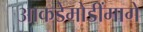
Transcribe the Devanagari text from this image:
आकडेमोडींमागे